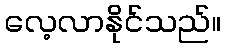
လေ့လာနိုင်သည်။